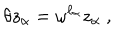
\theta z _ { \alpha } = \omega ^ { \ell _ { \alpha } } z _ { \alpha } ~ ,